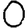
Digit: 0